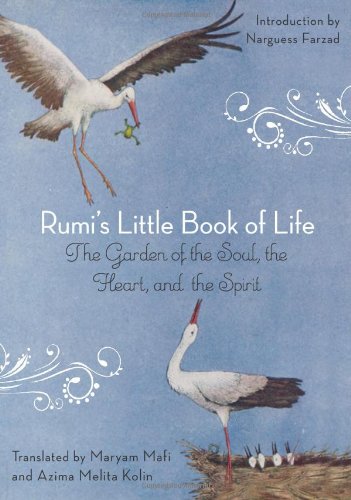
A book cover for Rumi's Little Book of Life: The Garden of the Soul, the Heart, and the Spirit; Rumi; Religion & Spirituality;